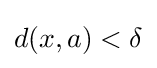
d(x,a)<\delta